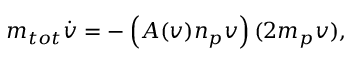
m _ { t o t } { \dot { v } } = - \left( A ( v ) n _ { p } v \right) ( 2 m _ { p } v ) ,